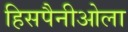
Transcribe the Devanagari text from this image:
हिसपैनीओला